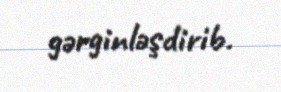
gərginləşdirib.